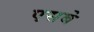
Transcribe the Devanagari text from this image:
एसबे